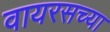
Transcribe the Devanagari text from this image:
वायरसच्या